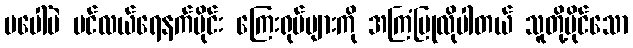
မပေါ်ပဲ ပင်လယ်ရေနက်ပိုင်း ကြေးရုပ်များကို အကြံပြုလိုပါတယ် သူတို့ပိုင်သော